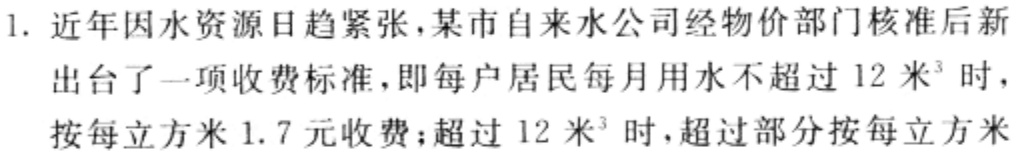
1. 近年因水资源日趋紧张，某市自来水公司经物价部门核准后新出台了一项收费标准，即每户居民每月用水不超过 \(12\) 米\(^{3}\) 时，按每立方米 \(1.7\) 元收费；超过 \(12\) 米\(^{3}\) 时，超过部分按每立方米